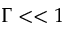
\Gamma < < 1